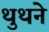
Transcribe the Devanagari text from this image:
थुथने